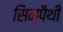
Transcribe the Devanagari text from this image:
सिम्पैथी